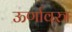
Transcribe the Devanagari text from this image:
ऊर्णावस्त्र